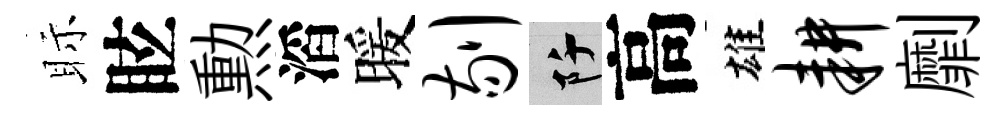
眎眩勲滔暖剔阡高雄耕劘